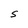
Character: S